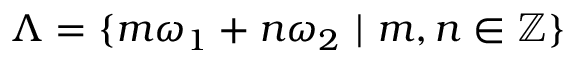
\Lambda = \{ m \omega _ { 1 } + n \omega _ { 2 } \, \, | \, \, m , n \in \mathbb { Z } \}